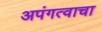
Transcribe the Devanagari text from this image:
अपंगत्वाचा